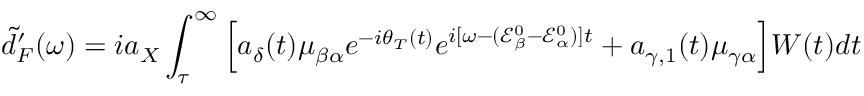
\tilde { d } _ { F } ^ { \prime } ( \omega ) = i a _ { X } \int _ { \tau } ^ { \infty } \Big [ a _ { \delta } ( t ) \mu _ { \beta \alpha } e ^ { - i \theta _ { T } ( t ) } e ^ { i [ \omega - ( \mathcal { E } _ { \beta } ^ { 0 } - \mathcal { E } _ { \alpha } ^ { 0 } ) ] t } + a _ { \gamma , 1 } ( t ) \mu _ { \gamma \alpha } \Big ] W ( t ) d t